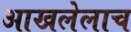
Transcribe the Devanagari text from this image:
आखलेलाच